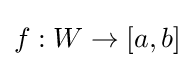
f:W\to [a,b]